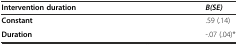
| Intervention duration | B(SE) |
 | --- | --- |
 | Constant | .59 (.14) |
 | Duration | -.07 (.04)* |